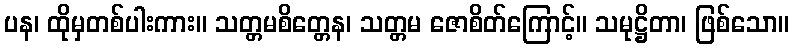
ပန၊ ထိုမှတစ်ပါးကား။ သတ္တမစိတ္တေန၊ သတ္တမ ဇောစိတ်ကြောင့်။ သမုဋ္ဌိတာ၊ ဖြစ်သော။